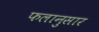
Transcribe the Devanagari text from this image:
फलानुसार